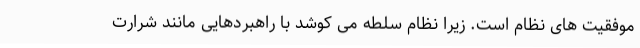
موفقیت های نظام است. زیرا نظام سلطه می کوشد با راهبردهایی مانند شرارت‌